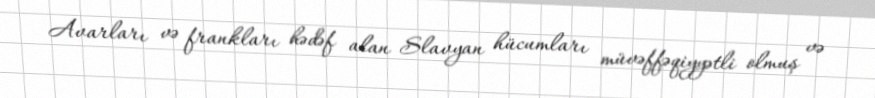
Avarları və frankları hədəf alan Slavyan hücumları müvəffəqiyyətli olmuş və